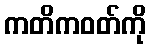
ကတိကဝတ်ကို